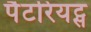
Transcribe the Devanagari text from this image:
पैटरियट्स